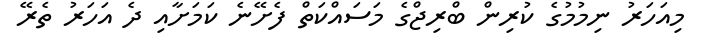
މިއަހަރު ނިމުމުގެ ކުރިން ބްރިޖްގެ މަސައްކަތް ފެށޭނެ ކަމަށާއި ދެ އަހަރު ތެރޭ